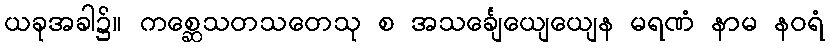
ယခုအခါ၌။ ကစ္ဆေသတသတေသု စ အသင်္ချေယျေယျေန မရဏံ နာမ နဝရံ